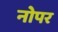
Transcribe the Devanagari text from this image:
नोपर